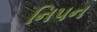
નિપન